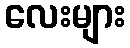
လေးများ